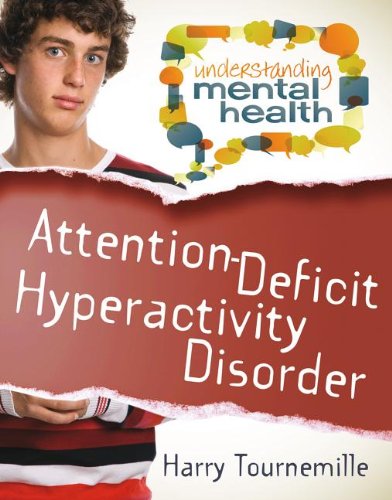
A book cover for Attention Deficit Hyperactivity Disorder (Understanding Mental Health); Harry Tourneville; Teen & Young Adult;